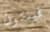
فينتون